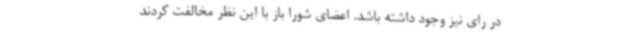
در رای نیز وجود داشته باشد. اعضای شورا باز با این نظر مخالفت کردند